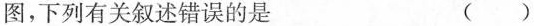
图，下列有关叙述错误的是 ( )